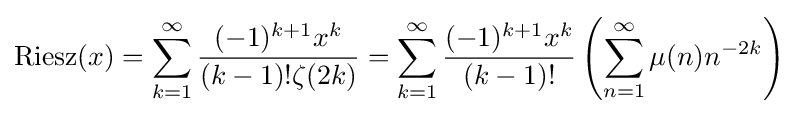
{\rm {Riesz}}(x)=\sum _{k=1}^{\infty }{\frac {(-1)^{k+1}x^{k}}{(k-1)!\zeta (2k)}}=\sum _{k=1}^{\infty }{\frac {(-1)^{k+1}x^{k}}{(k-1)!}}\left(\sum _{n=1}^{\infty }\mu (n)n^{-2k}\right)